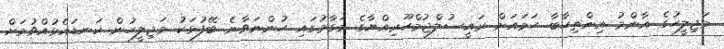
މަޖިލީހުގެ އާންމު އިންތިހާބާ ހަމައަށް ރައީސުލްޖުމްހޫރިއްޔާގެ މަގާމުގައި ހުންނަވާނެ ބޭފުޅަކު މަޖިލީހުން ކަނޑައެޅުއްވުމަށް